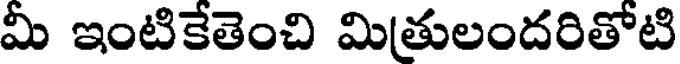
మీ ఇంటికేతెంచి మితులందరితోటి